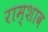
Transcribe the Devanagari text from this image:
राम्शाव